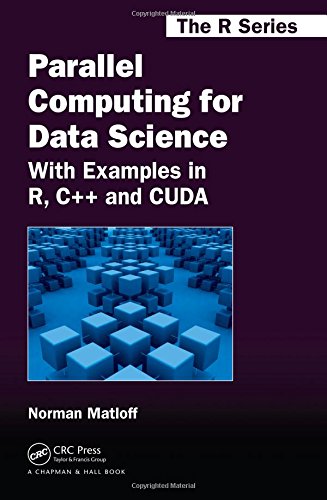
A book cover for Parallel Computing for Data Science: With Examples in R, C++ and CUDA (Chapman & Hall/CRC The R Series); Norman Matloff; Science & Math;